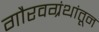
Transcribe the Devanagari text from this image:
गौरवग्रंथांतून